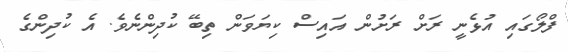
ފްލޯގައި އުޅެނީ ރަށް ރަށުން އައިސް ކިޔަވަން ތިބޭ ކުދިންނެވެ. އެ ކުދިންގެ